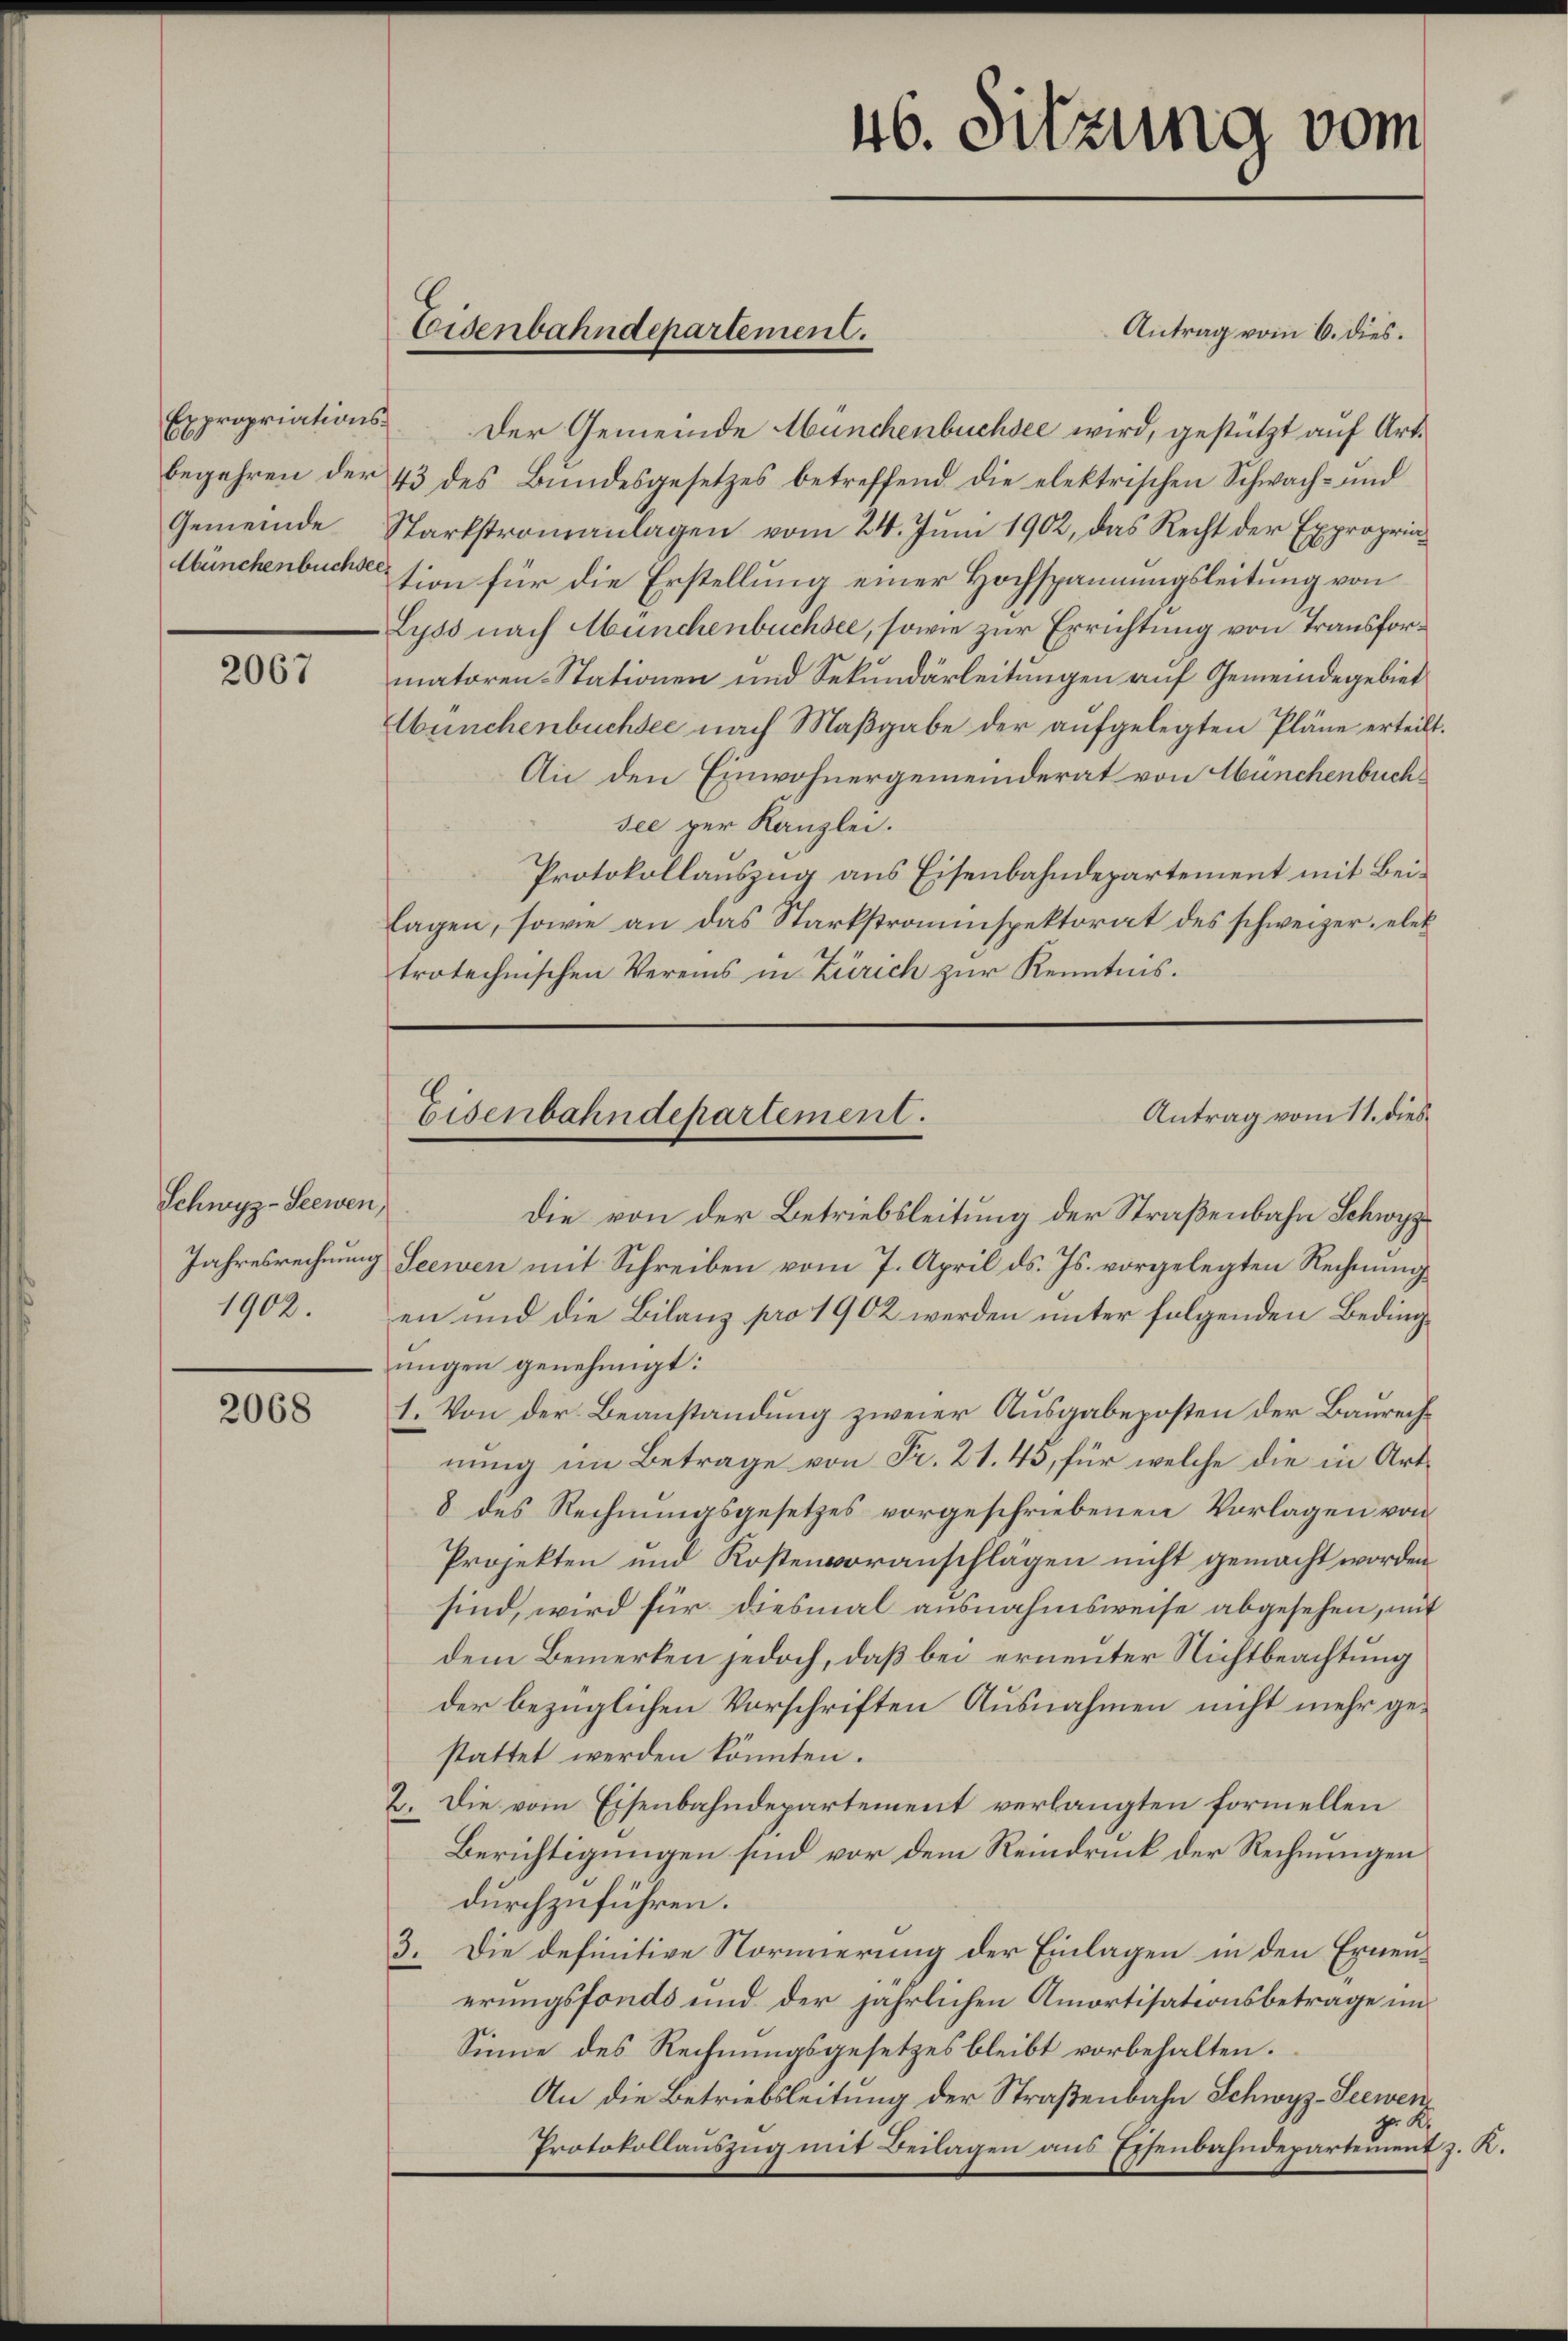
Prpropriations¬
70
begehren der
Gemeinde
Münchenbuchsee.

2067

Schwyz-Seewen,

2068

Antrag vom 6. dies.
Der Gemeinde Münchenbuchsee wird, gestützt auf Art.
43 des Bŭndesgesetzes betreffend die elektrischen Schwach- und
Starkstromanlagen vom 24. Juni 1902, das Recht der Expropriation für die Erstellung einer Hochspannungsleitung von
Lyss nach Münchenbuchsee, sowie zur Errichtung von Transformatoren-Stationen und Sekundärleitungen auf Gemeindegebiet
Wunchenbüchsee nach Maßgabe der aufgelegten Pläne erteilt.
An den Einwohnergemeinderat von Munchenbuchsee per Kanzlei.
Protokollauszug aus Eisenbahndepartement mit Beilagen, sowie an das Starkstraumspektorat des schweizer, elek
trotechnischen Vereins in Zürich zur Kenntnis.

Eisenbahndepartement.

Die von der Betriebsleitung der Straßenbahn Schwyz¬
Jahresrechnung Seewen mit Schreiben vom 7. April ds. Js. vorgelegten Rechnung
1902. en und die Bilanz pro 1902 werden unter folgenden Beding
ungen genehmigt.
1. Von der Beanstandung zweier Ausgabeposten der Baurechnung im Betrage von Fr. 21. 45, für welche die in Art
8 des Rechnungsgesetzes vorgeschriebenen Vorlagen von
Projekten und Kostenvoranschlägen nicht gemacht worden
sind, wird für diesmal ausnahmsweise abgesehen, mit
dem Bemerken jedoch, daß bei erneuter Nichtbeachtung
der bezüglichen Vorschriften Ausnahmen nicht mehr gestattet werden könnten.
2. Die vom Eisenbahndepartement verlangten formellen
Berichtigungen sind vor dem Reindruck der Rechnungen
durchzuführen.
3. Die definitive Normierung der Einlagen in den Ernenerungsfonds und der jährlichen Amortisationsbetrage un¬
Sinne des Rechnungsgesetzes bleibt vorbehalten.
An die Betriebsleitung der Straßenbahn Schwyz-Seewen¬
A
Protokollauszug mit Beilagen aus Eisenbahndepartement z. K.

46. Sitzung vom

Antrag vom 11. dies
Eisenbahndepartement.